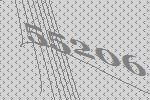
55206